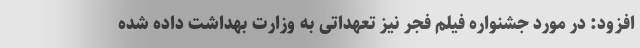
افزود: در مورد جشنواره فیلم فجر نیز تعهداتی به وزارت بهداشت داده شده